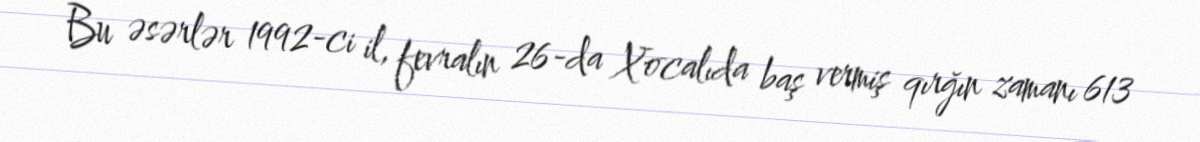
Bu əsərlər 1992-ci il, fevralın 26-da Xocalıda baş vermiş qırğın zamanı 613